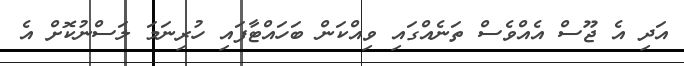
އަދި އެ ޖޫސް އެއްވެސް ތަނެއްގައި ވިއްކަން ބަހައްޓާފައި ހުރިނަމަ ލަސްނުކޮށް އެ